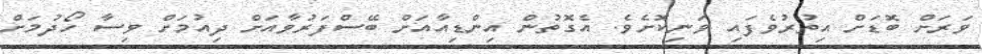
ވަރަށް ބޮޑަށް އިތުރުވެފައި ވަނިކޮށެވެ. އެގޮތުން އިންޑިއާއަށް ބޭސްފަރުވާއަށް ދިއުމަށް ވިސާ ހޯދުމަށް